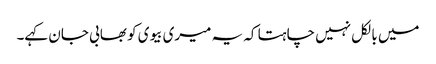
میں بالکل نہیں چاہتا کہ یہ میری بیوی کو بھابی جان کہے۔